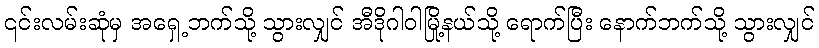
၎င်းလမ်းဆုံမှ အရှေ့ဘက်သို့ သွားလျှင် အီဒိုဂါဝါမြို့နယ်သို့ ရောက်ပြီး နောက်ဘက်သို့ သွားလျှင်